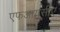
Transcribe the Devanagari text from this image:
एफआयसीए